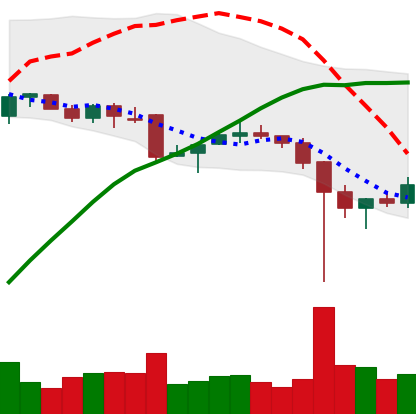
Ticker: XRP-USD
Chart end date: 2021-12-08
Forward return: -9.314%
Label: down_7plus